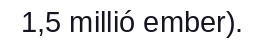
1,5 millió ember).